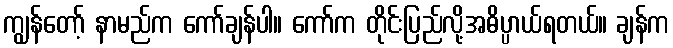
ကျွန်တော့် နာမည်က ကော်ချန်ပါ။ ကော်က တိုင်းပြည်လို့အဓိပ္ပာယ်ရတယ်။ ချန်က